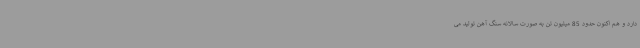
دارد و هم اکنون حدود 85 میلیون تن به صورت سالانه سنگ آهن تولید می